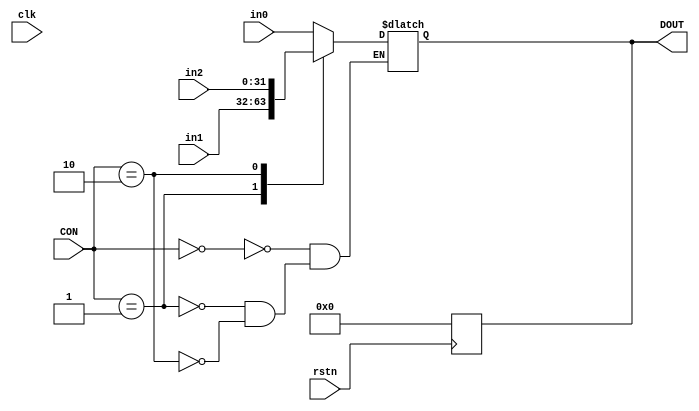
module MUX3 #(
    parameter DWIDTH=32
)(
    input  wire clk,
    input  wire rstn,
    input  wire [1:0]CON,
    input  wire [DWIDTH-1:0] in0,
    input  wire [DWIDTH-1:0] in1,
    input  wire [DWIDTH-1:0] in2,
    output reg  [DWIDTH-1:0] DOUT
);

always @(posedge rstn) begin
	DOUT=32'b0;
end

always @(*) begin
    case (CON)
        2'b00:begin
            DOUT=in0;
        end
        2'b01:begin
            DOUT=in1;
        end
        2'b10:begin
            DOUT=in2;
        end
    endcase
end
endmodule //MUX3